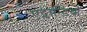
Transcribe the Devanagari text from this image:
एट्लान्टिक